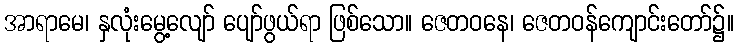
အာရာမေ၊ နှလုံးမွေ့လျော် ပျော်ဖွယ်ရာ ဖြစ်သော။ ဇေတဝနေ၊ ဇေတဝန်ကျောင်းတော်၌။